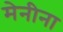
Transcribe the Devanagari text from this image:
मेनीना